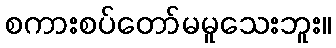
စကားစပ်တော်မမူသေးဘူး။